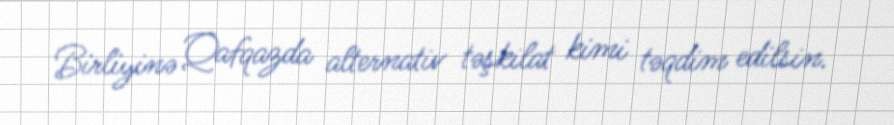
Birliyinə Qafqazda alternativ təşkilat kimi təqdim edilsin.